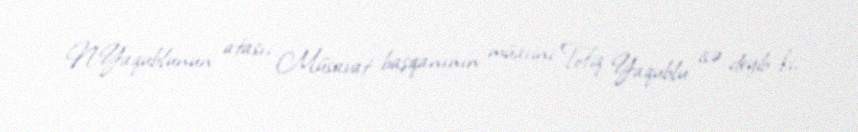
N.Yaqublunun atası, Müsavat başqanının müavini Tofiq Yaqublu isə deyib ki,